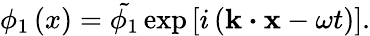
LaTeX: \phi_{1}\left(x\right)=\tilde{\phi_{1}}\exp\left[i\left(\textbf{k}\boldsymbol{\cdot}\textbf{x}-\omega t\right)\right].